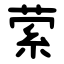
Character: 萦